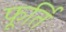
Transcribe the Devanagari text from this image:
फूर्ति